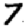
Digit: 7